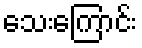
သေးကြောင်း